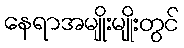
နေရာအမျိုးမျိုးတွင်